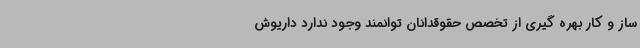
ساز و کار بهره گیری از تخصص‌ حقوقدانان توانمند وجود ندارد داریوش